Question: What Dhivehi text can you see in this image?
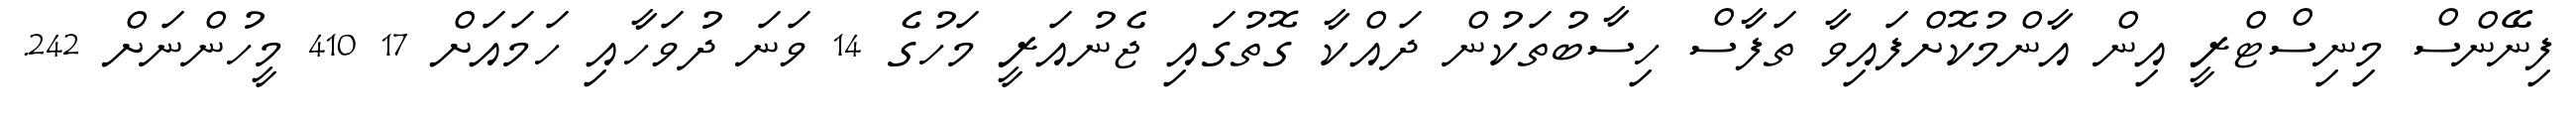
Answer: ފިނޭންސް މިނިސްޓްރީ އިން އާންމުކޮށްފައިވާ ތަފާސް ހިސާބުތަކުން ދައްކާ ގޮތުގައި ޖެނުއަރީ މަހުގެ 14 ވަނަ ދުވަހާއި ހަމައަށް 17 410 މީހުންނަށް 242.